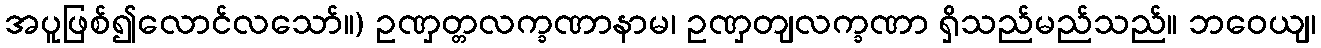
အပူဖြစ်၍လောင်လသော်။) ဥဏှတ္တလက္ခဏာနာမ၊ ဥဏှတျလက္ခဏာ ရှိသည်မည်သည်။ ဘဝေယျ၊